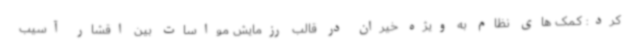
کرد: کمک های نظام به ویژه خیران در قالب رزمایش مواسات بین اقشار آسیب